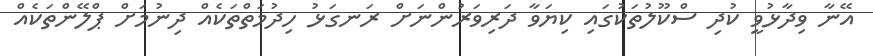
އޭނާ ވިދާޅުވީ ކުދި ސްކޫލުތަކުގައި ކިޔަވާ ދަރިވަރުންނަށް ރަނގަޅު ހިދުމަތްތަކެއް ދިނުމަށް ޕްލޭންތަކެއް